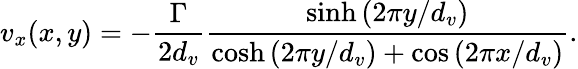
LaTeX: v_{x}(x,y)=-\frac{\Gamma}{2d_{v}}\frac{\sinh\left(2\pi y/d_{v}\right)}{\cosh\left(2\pi y/d_{v}\right)+\cos\left(2\pi x/d_{v}\right)}.